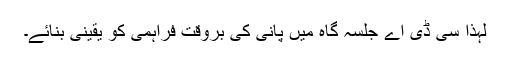
لہذا سی ڈی اے جلسہ گاہ میں پانی کی بروقت فراہمی کو یقینی بنائے۔